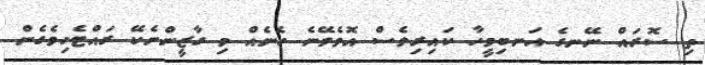
ތި ސޮރައް ނޭނގެ އަނބިމީހާ ކައިރިވެސް އޮވެވޭނެ ހެނެއް މި ގާޒީންނެކޭ ރައްޓެހިވެގެން